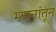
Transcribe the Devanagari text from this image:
म्यानांतून